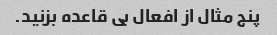
پنج مثال از افعال بی قاعده بزنید.